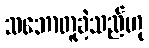
သဘောတူခဲ့သည်ဟု